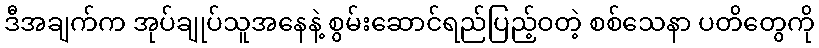
ဒီအချက်က အုပ်ချုပ်သူအနေနဲ့ စွမ်းဆောင်ရည်ပြည့်ဝတဲ့ စစ်သေနာ ပတိတွေကို